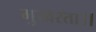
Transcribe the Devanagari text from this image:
मुखरता।।